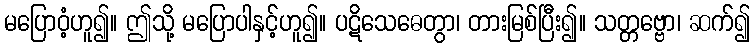
မပြောဝံ့ဟူ၍။ ဤသို့ မပြောပါနှင့်ဟူ၍။ ပဋိသေဓေတွာ၊ တားမြစ်ပြီး၍။ သတ္တဗ္ဗော၊ ဆက်၍